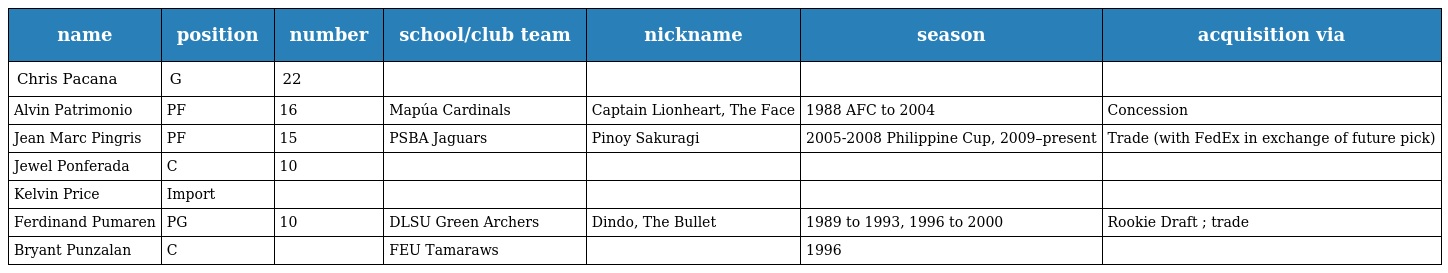
| name | position | number | school/club team | nickname | season | acquisition via |
 | --- | --- | --- | --- | --- | --- | --- |
 | Chris Pacana | G | 22 |  |  |  |  |
 | Alvin Patrimonio | PF | 16 | Mapúa Cardinals | Captain Lionheart, The Face | 1988 AFC to 2004 | Concession |
 | Jean Marc Pingris | PF | 15 | PSBA Jaguars | Pinoy Sakuragi | 2005-2008 Philippine Cup, 2009–present | Trade (with FedEx in exchange of future pick) |
 | Jewel Ponferada | C | 10 |  |  |  |  |
 | Kelvin Price | Import |  |  |  |  |  |
 | Ferdinand Pumaren | PG | 10 | DLSU Green Archers | Dindo, The Bullet | 1989 to 1993, 1996 to 2000 | Rookie Draft ; trade |
 | Bryant Punzalan | C |  | FEU Tamaraws |  | 1996 |  |